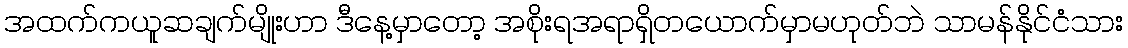
အထက်ကယူဆချက်မျိုးဟာ ဒီနေ့မှာတော့ အစိုးရအရာရှိတယောက်မှာမဟုတ်ဘဲ သာမန်နိုင်ငံသား